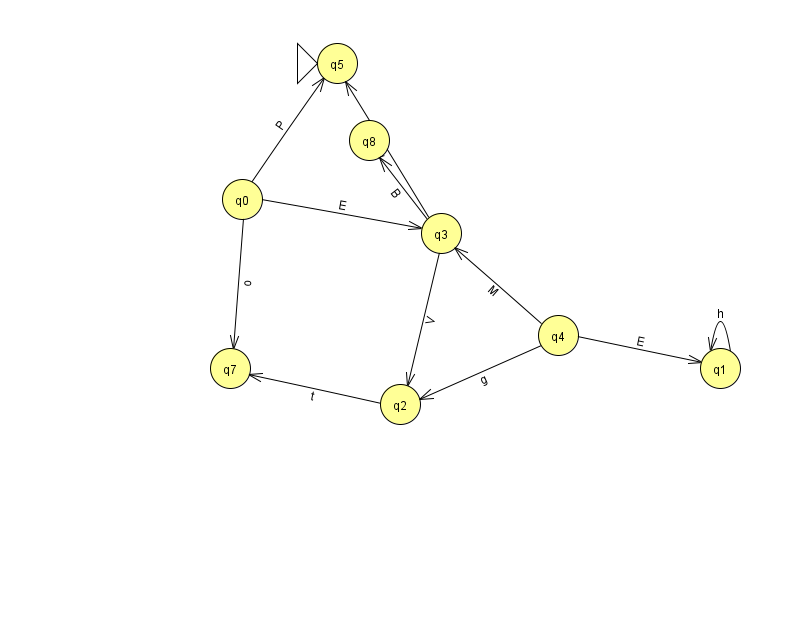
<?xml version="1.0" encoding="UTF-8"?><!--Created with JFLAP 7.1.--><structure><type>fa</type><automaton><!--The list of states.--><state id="0" name="q0"><x>242.0</x><y>186.0</y></state><state id="1" name="q1"><x>720.0</x><y>355.0</y></state><state id="2" name="q2"><x>400.0</x><y>391.0</y></state><state id="3" name="q3"><x>441.0</x><y>220.0</y></state><state id="4" name="q4"><x>558.0</x><y>322.0</y></state><state id="5" name="q5"><x>337.0</x><y>50.0</y><initial/></state><state id="7" name="q7"><x>230.0</x><y>355.0</y></state><state id="8" name="q8"><x>369.0</x><y>127.0</y></state><!--The list of transitions.--><transition><from>0</from><to>3</to><read>E</read></transition><transition><from>3</from><to>5</to><read>w</read></transition><transition><from>3</from><to>2</to><read>V</read></transition><transition><from>4</from><to>1</to><read>E</read></transition><transition><from>0</from><to>5</to><read>P</read></transition><transition><from>2</from><to>7</to><read>t</read></transition><transition><from>4</from><to>3</to><read>M</read></transition><transition><from>1</from><to>1</to><read>h</read></transition><transition><from>3</from><to>8</to><read>B</read></transition><transition><from>4</from><to>2</to><read>g</read></transition><transition><from>0</from><to>7</to><read>o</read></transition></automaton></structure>